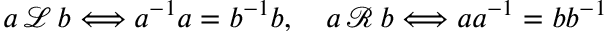
a \, { \mathcal { L } } \, b \Longleftrightarrow a ^ { - 1 } a = b ^ { - 1 } b , \quad a \, { \mathcal { R } } \, b \Longleftrightarrow a a ^ { - 1 } = b b ^ { - 1 }